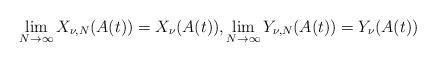
LaTeX: \begin{align*}\lim_{N\rightarrow\infty} X_{\nu,N}(A(t)) = X_\nu(A(t)),\lim_{N\rightarrow\infty} Y_{\nu,N}(A(t)) = Y_\nu(A(t))\end{align*}